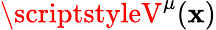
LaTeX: \scriptstyleV^{\mu}(\mathbf{x})